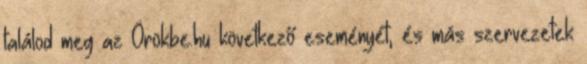
találod meg az Örökbe.hu következő eseményét, és más szervezetek